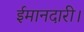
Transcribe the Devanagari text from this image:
ईमानदारी।